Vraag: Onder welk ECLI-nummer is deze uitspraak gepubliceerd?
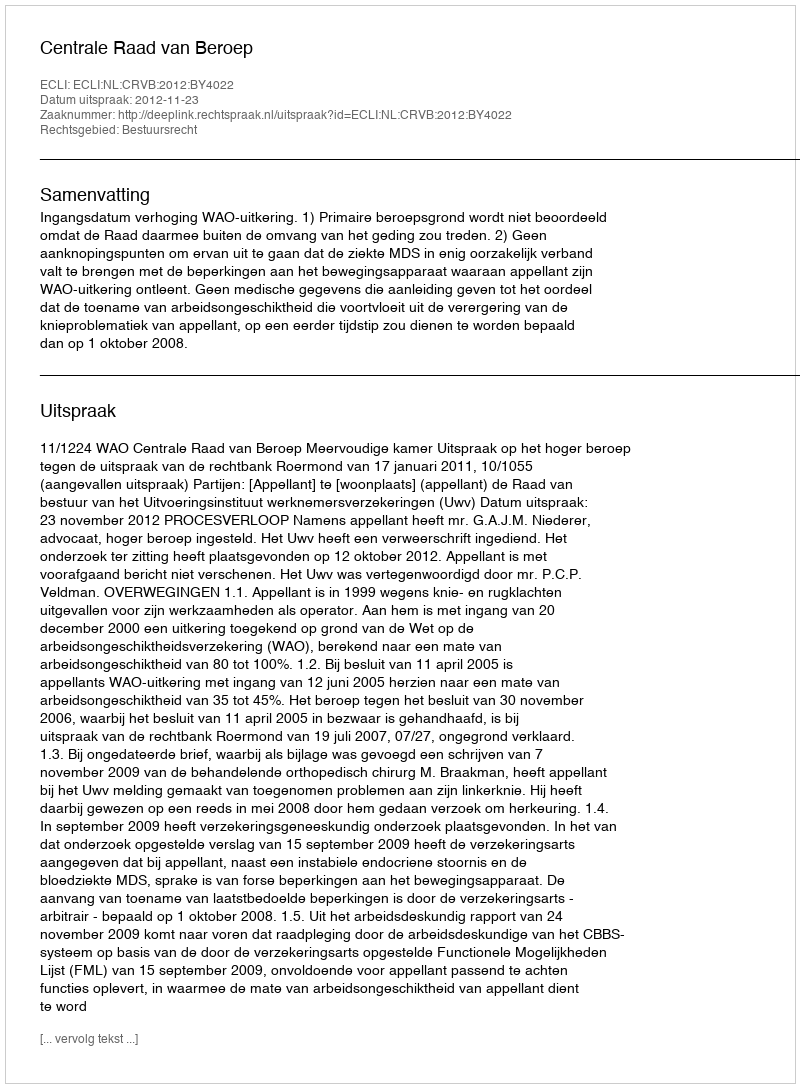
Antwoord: ECLI:NL:CRVB:2012:BY4022